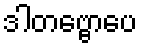
ဒါတဗ္ဗောပေ